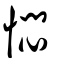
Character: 㦖